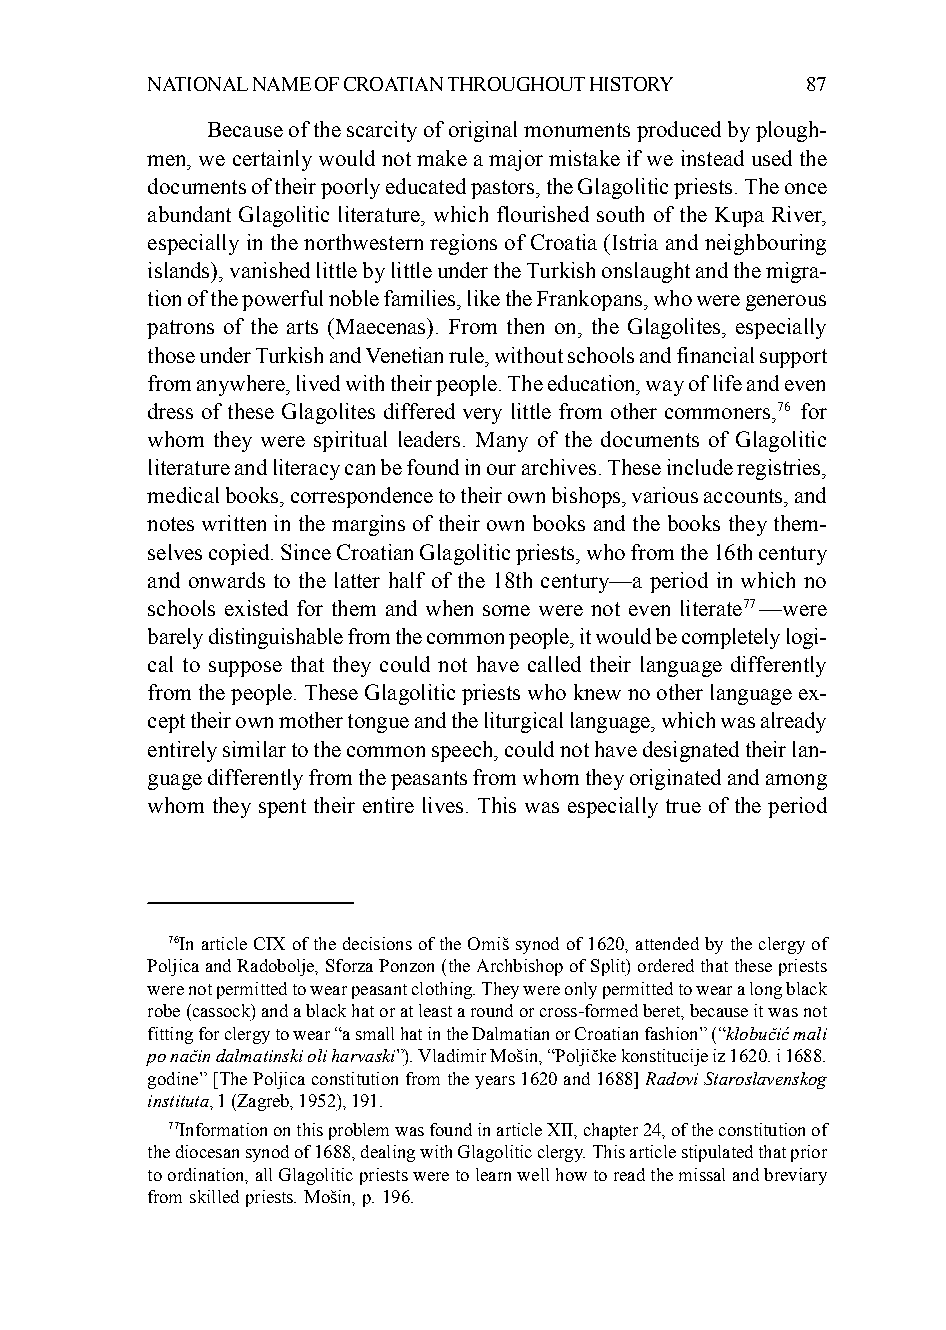
NATIONAL NAME OF CROATIAN THROUGHOUT HISTORY 87
 Because of the scarcity of original monuments produced by plough-
 men, we certainly would not make a major mistake if we instead used the
 documents of their poorly educated pastors, the Glagolitic priests. The once
 abundant Glagolitic literature, which flourished south of the Kupa River,
 especially in the northwestern regions of Croatia (Istria and neighbouring
 islands), vanished little by little under the Turkish onslaught and the migra-
 tion of the powerful noble families, like the Frankopans, who were generous
 patrons of the arts (Maecenas). From then on, the Glagolites, especially
 those under Turkish and Venetian rule, without schools and financial support
 from anywhere, lived with their people. The education, way of life and even
 dress of these Glagolites differed very little from other commoners,76 for
 whom they were spiritual leaders. Many of the documents of Glagolitic
 literature and literacy can be found in our archives. These include registries,
 medical books, correspondence to their own bishops, various accounts, and
 notes written in the margins of their own books and the books they them-
 selves copied. Since Croatian Glagolitic priests, who from the 16th century
 and onwards to the latter half of the 18th century—a period in which no
 schools existed for them and when some were not even literate77—were
 barely distinguishable from the common people, it would be completely logi-
 cal to suppose that they could not have called their language differently
 from the people. These Glagolitic priests who knew no other language ex-
 cept their own mother tongue and the liturgical language, which was already
 entirely similar to the common speech, could not have designated their lan-
 guage differently from the peasants from whom they originated and among
 whom they spent their entire lives. This was especially true of the period
 76In article CIX of the decisions of the Omiš synod of 1620, attended by the clergy of
 Poljica and Radobolje, Sforza Ponzon (the Archbishop of Split) ordered that these priests
 were not permitted to wear peasant clothing. They were only permitted to wear a long black
 robe (cassock) and a black hat or at least a round or cross-formed beret, because it was not
 fitting for clergy to wear “a small hat in the Dalmatian or Croatian fashion” (“klobučić mali
 po način dalmatinski oli harvaski”). Vladimir Mošin, “Poljičke konstitucije iz 1620. i 1688.
 godine” [The Poljica constitution from the years 1620 and 1688] Radovi Staroslavenskog
 instituta, 1 (Zagreb, 1952), 191.
 77Information on this problem was found in article XII, chapter 24, of the constitution of
 the diocesan synod of 1688, dealing with Glagolitic clergy. This article stipulated that prior
 to ordination, all Glagolitic priests were to learn well how to read the missal and breviary
 from skilled priests. Mošin, p. 196.